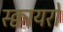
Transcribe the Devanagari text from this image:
स्क्वायरों